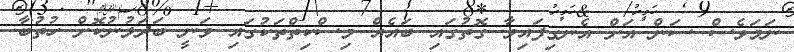
ނަމަވެސް ސަން އަށް އެނގިފައިވާ ގޮތުގައި ބައެއް މިސްކިތްތަކުގައި ވަނީ ބަދަލުނުކޮށް ހުތުބާ